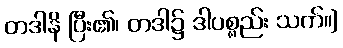
တဒါနိ ပြီး၏၊ တဒါ၌ ဒါပစ္စည်း သက်။]